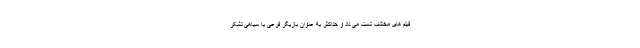
فیلم های مختلف تست می داد و حداکثر به عنوان بازیگر فرعی یا سیاهی لشکر